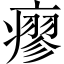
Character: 瘳